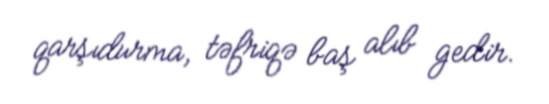
qarşıdurma, təfriqə baş alıb gedir.